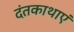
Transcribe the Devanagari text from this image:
दंतकाथाएं